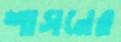
শাসনের